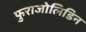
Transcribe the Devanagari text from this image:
फुराजोलिडिन